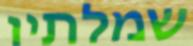
שמלתיו